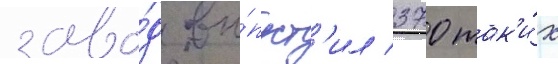
заво́д вы́пуст'ил 370 так'и́х